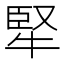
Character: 㹂